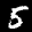
Label: 5